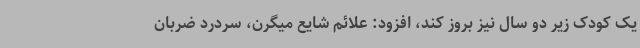
یک کودک زیر دو سال نیز بروز کند، افزود: علائم شایع میگرن، سردرد ضربان